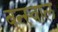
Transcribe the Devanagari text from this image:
बन्स्वाल